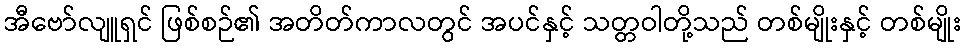
အီဗော်လျူရှင် ဖြစ်စဉ်၏ အတိတ်ကာလတွင် အပင်နှင့် သတ္တဝါတို့သည် တစ်မျိုးနှင့် တစ်မျိုး